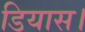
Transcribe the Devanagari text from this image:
डियास।